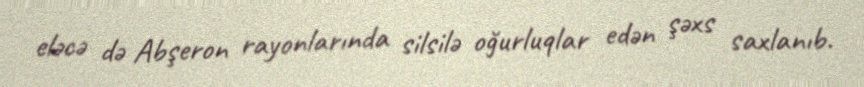
eləcə də Abşeron rayonlarında silsilə oğurluqlar edən şəxs saxlanıb.